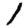
Digit: 1